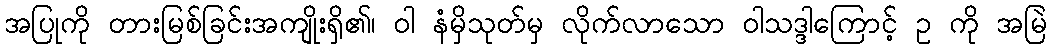
အပြုကို တားမြစ်ခြင်းအကျိုးရှိ၏၊ ဝါ နံမှိသုတ်မှ လိုက်လာသော ဝါသဒ္ဒါကြောင့် ဥ ကို အမြဲ